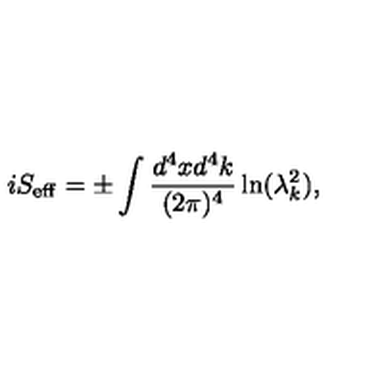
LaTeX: i S _ { \mathrm { e f f } } = \pm \int { \frac { d ^ { 4 } x d ^ { 4 } k } { ( 2 \pi ) ^ { 4 } } } \ln ( \lambda _ { k } ^ { 2 } ) ,